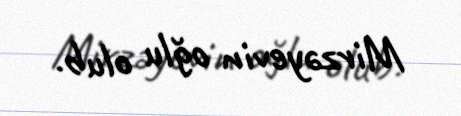
Mirzəyevin oğlu olub.